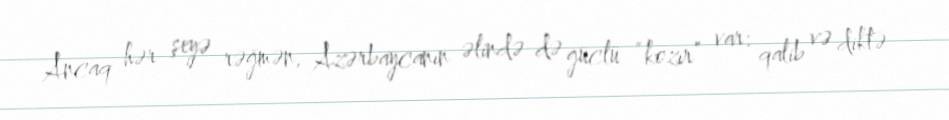
Ancaq hər şeyə rəğmən, Azərbaycanın əlində də güclü “kozır” var: qalib və diktə